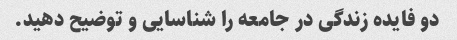
دو فایده زندگی در جامعه را شناسایی و توضیح دهید.